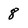
Character: 8